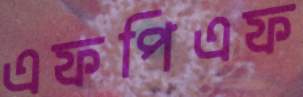
এফপিএফ